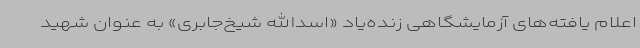
اعلام یافته‌های آزمایشگاهی زنده‌یاد «اسدالله شیخ‌جابری» به عنوان شهید